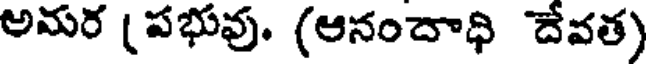
అమర (పభువు. (ఆనందాధి దేవత)